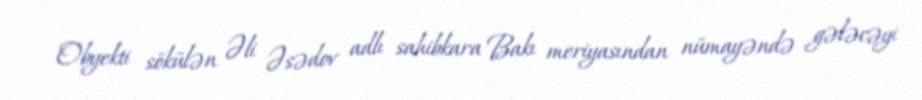
Obyekti sökülən Əli Əsədov adlı sahibkara Bakı meriyasından nümayəndə gələcəyi